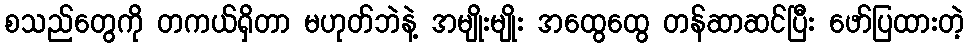
စသည်တွေကို တကယ်ရှိတာ မဟုတ်ဘဲနဲ့ အမျိုးမျိုး အထွေထွေ တန်ဆာဆင်ပြီး ဖော်ပြထားတဲ့